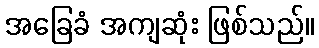
အခြေခံ အကျဆုံး ဖြစ်သည်။